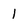
Character: l